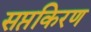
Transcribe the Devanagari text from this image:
सप्तकिरण